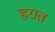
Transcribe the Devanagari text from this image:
हरात